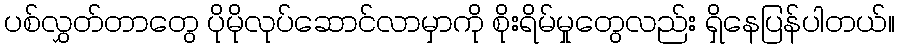
ပစ်လွှတ်တာတွေ ပိုမိုလုပ်ဆောင်လာမှာကို စိုးရိမ်မှုတွေလည်း ရှိနေပြန်ပါတယ်။